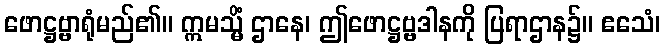
ဖောဋ္ဌဗ္ဗာရုံမည်၏။ ဣမသ္မိံ ဌာနေ၊ ဤဖောဋ္ဌဗ္ဗဒါနကို ပြရာဌာန၌။ ဧသေံ၊